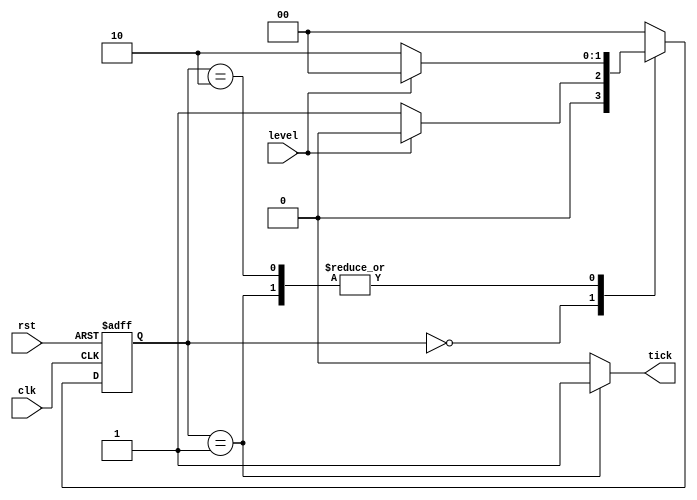
module neg_edge_detector (
    input clk, rst,
    input level,
    output reg tick
);

    localparam [1:0] high  = 2'b00,
                     edg  = 2'b01,
                     low = 2'b10;
 
    reg [1:0] state, next_state;

    always @(posedge clk, negedge rst)
        begin
            if (~rst)
                state <= high;
            else
                state <= next_state;
        end

    always @(*)
        begin
            next_state = state; 
            tick = 1'b0;
            case (state)
                high:
                    begin
                        if (~level)
                            next_state = edg;
                        else
                            next_state = high;
                    end
                edg:
                    begin
                        tick = 1'b1;
                        if (~level)
                            next_state = low;
                        else
                            next_state = high;
                    end
                low:
                    begin
                        if (~level)
                            next_state = low;
                        else
                            next_state = high;                            
                    end
                default:
                    next_state = high;
            endcase
        end 
endmodule